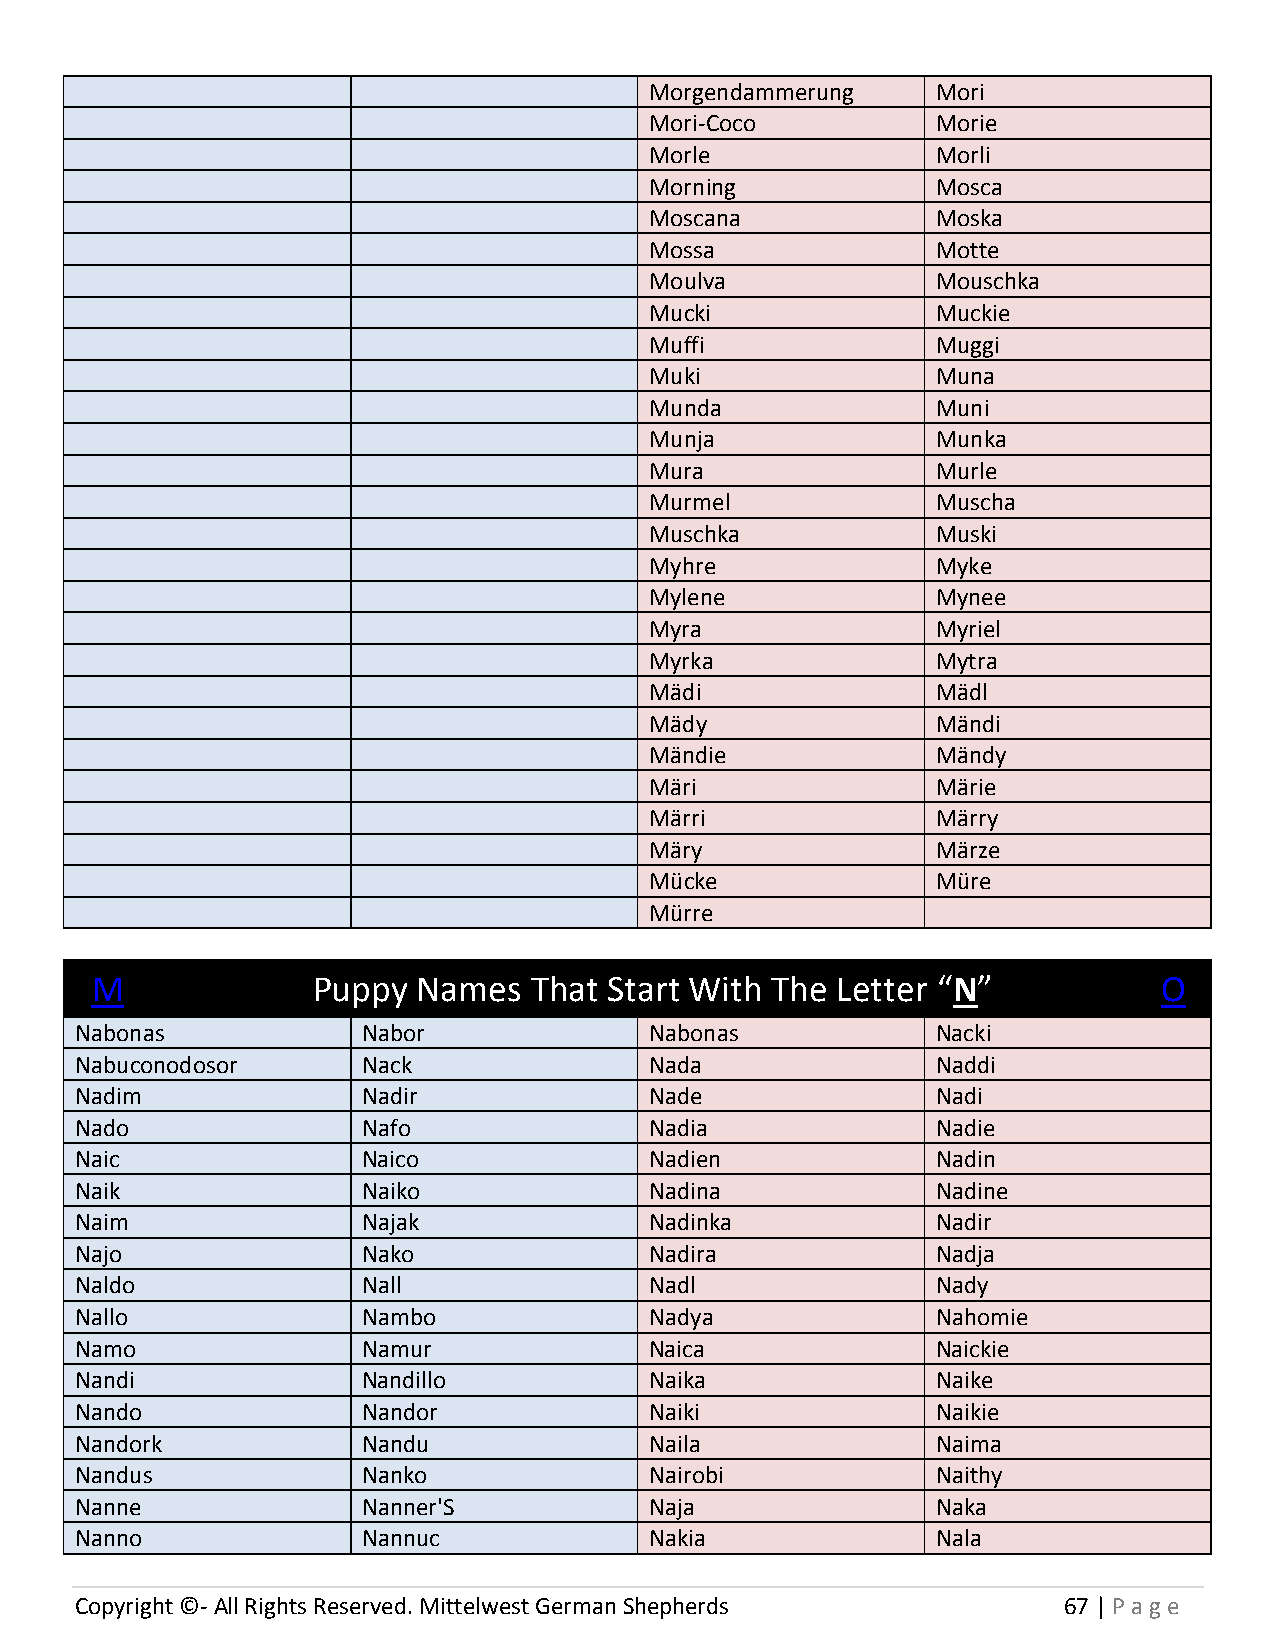
Morgendammerung    Mori
 Mori-Coco          Morie
 Morle              Morli
 Morning            Mosca
 Moscana            Moska
 Mossa              Motte
 Moulva             Mouschka
 Mucki              Muckie
 Muffi              Muggi
 Muki               Muna
 Munda              Muni
 Munja              Munka
 Mura               Murle
 Murmel             Muscha
 Muschka            Muski
 Myhre              Myke
 Mylene             Mynee
 Myra               Myriel
 Myrka              Mytra
 Mädi               Mädl
 Mädy               Mändi
 Mändie             Mändy
 Märi               Märie
 Märri              Märry
 Märy               Märze
 Mücke              Müre
 Mürre
 M              Puppy  Names  That Start With The Letter “N”            O
 Nabonas            Nabor              Nabonas            Nacki
 Nabuconodosor      Nack               Nada               Naddi
 Nadim              Nadir              Nade               Nadi
 Nado               Nafo               Nadia              Nadie
 Naic               Naico              Nadien             Nadin
 Naik               Naiko              Nadina             Nadine
 Naim               Najak              Nadinka            Nadir
 Najo               Nako               Nadira             Nadja
 Naldo              Nall               Nadl               Nady
 Nallo              Nambo              Nadya              Nahomie
 Namo               Namur              Naica              Naickie
 Nandi              Nandillo           Naika              Naike
 Nando              Nandor             Naiki              Naikie
 Nandork            Nandu              Naila              Naima
 Nandus             Nanko              Nairobi            Naithy
 Nanne              Nanner'S           Naja               Naka
 Nanno              Nannuc             Nakia              Nala
 Copyright ©- All Rights Reserved. Mittelwest German Shepherds    67 | P age